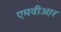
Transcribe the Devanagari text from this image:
एमवीआर